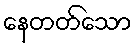
နေတတ်သော